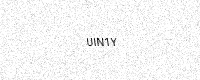
Text: UIN1Y